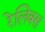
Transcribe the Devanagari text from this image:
रेलिक्स